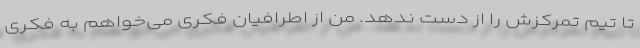
تا تیم تمرکزش را از دست ندهد. من از اطرافیان فکری می‌خواهم به فکری